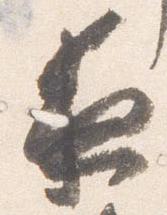
夜